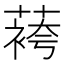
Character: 𬞔